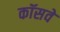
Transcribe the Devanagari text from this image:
कॉसवे